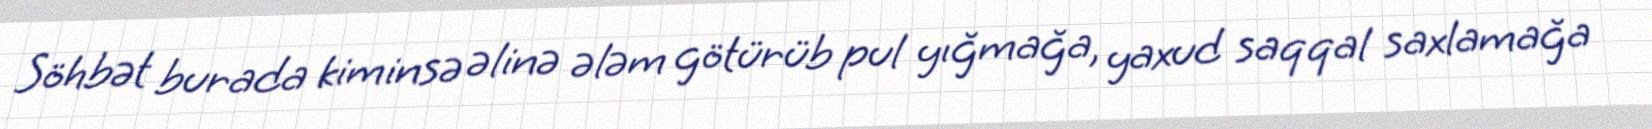
Söhbət burada kiminsə əlinə ələm götürüb pul yığmağa, yaxud saqqal saxlamağa